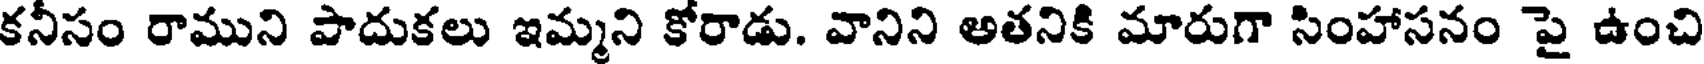
కనీసం రాముని పాదుకలు ఇమ్మని కోరాడు. వానిని అతనికి మారుగా సింహాసనం పై ఉంచి